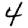
Digit: 4